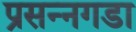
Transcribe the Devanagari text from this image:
प्रसन्नगडा